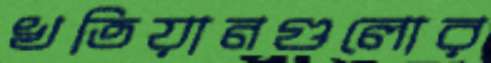
খতিয়ানগুলোর